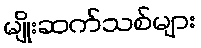
မျိုးဆက်သစ်များ